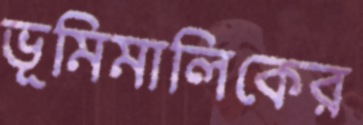
ভূমিমালিকের